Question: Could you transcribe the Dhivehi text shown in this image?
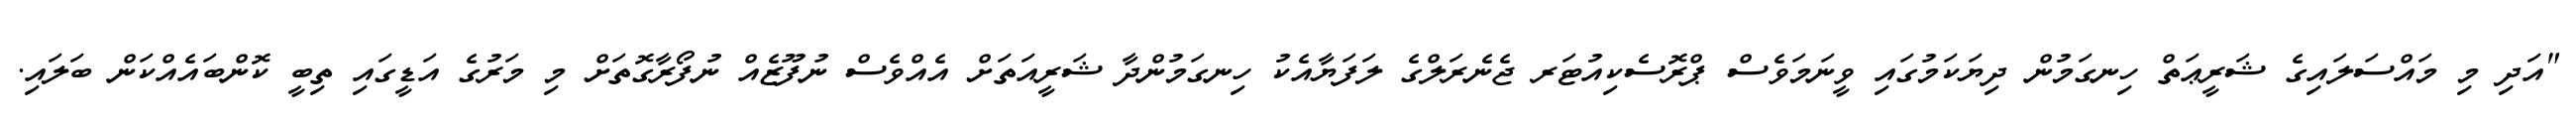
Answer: "އަދި މި މައްސަލައިގެ ޝަރީޢަތް ހިނގަމުން ދިޔަކަމުގައި ވީނަމަވެސް ޕްރޮސެކިއުޓަރ ޖެނެރަލްގެ ލަފަޔާއެކު ހިނގަމުންދާ ޝަރީއަތަށް އެއްވެސް ނުފޫޒެއް ނުފޯރާގޮތަށް މި މަރުގެ އަޑީގައި ތިބީ ކޮންބައެއްކަން ބަލައި.